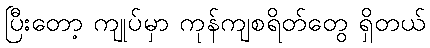
ပြီးတော့ ကျုပ်မှာ ကုန်ကျစရိတ်တွေ ရှိတယ်